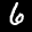
Label: 6